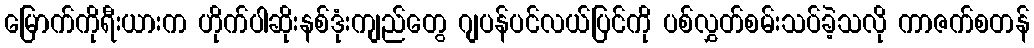
မြောက်ကိုရီးယားက ဟိုက်ပါဆိုးနစ်ဒုံးကျည်တွေ ဂျပန်ပင်လယ်ပြင်ကို ပစ်လွှတ်စမ်းသပ်ခဲ့သလို ကာဇက်စတန်